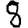
Digit: 8